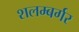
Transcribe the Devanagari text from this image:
शलम्बर्गर